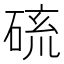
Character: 𱴖